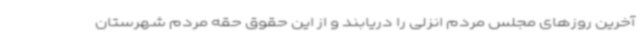
آخرین روزهای مجلس مردم انزلی را دریابند و از این حقوق حقه مردم شهرستان